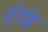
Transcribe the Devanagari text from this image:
होशे